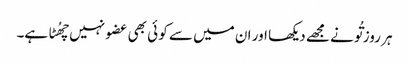
ہر روز تُو نے مجھے دیکھا اور ان میں سے کو ئی بھی عضو نہیں چھُٹا ہے۔